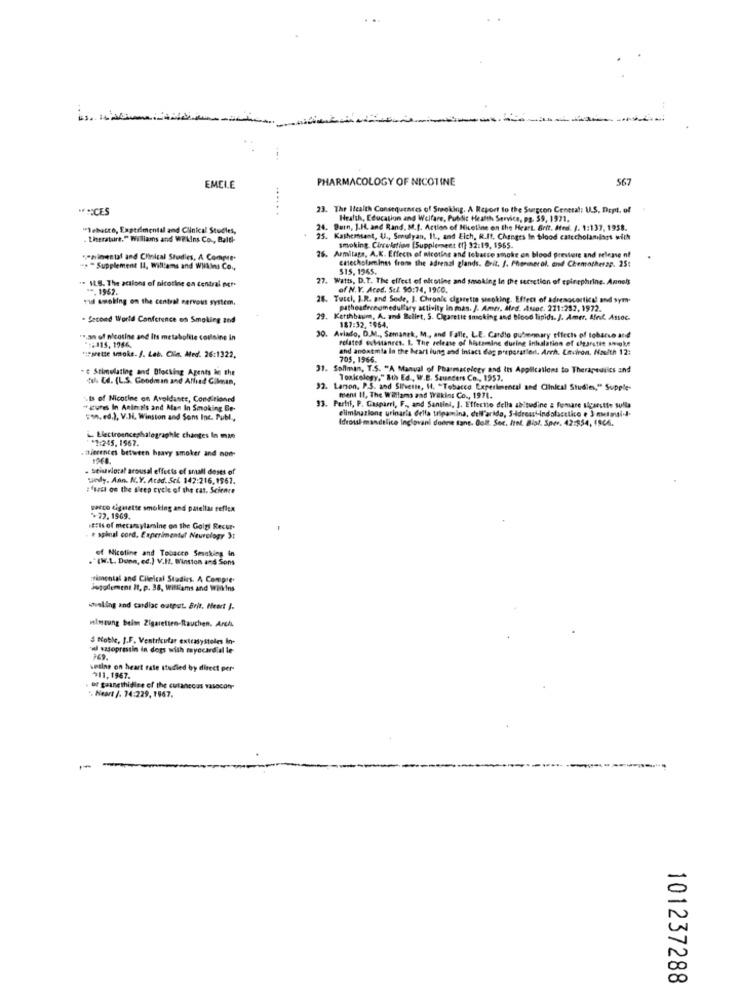
PHARMACOLOGY OF NICOTINE
567
EMELE
....
*** CES
1. The Itealth Consequences of Smoking, A Report to the Surgeon General: U.S. Dept. of
Health, Education and Welfare, Public Health Service, ps. 59, 1971.
"lebutto, Experimental and Clinical Studies,
24. Burn, J.H. and Rand. M.f. Action of Hiceline on the Heart. Grit. Ated. J. 1:137, 1958.
. therature." Williams and Wilkins Co ., Bald-
25. Kashemsant, U ., Smulyan, IL, and Elch. R.It. Changes in blood catecholamilars with
26. Armitage, A.K. Effects of Meotine and tobatte smoke on blood pressure and release of
smoking. Circulation [Supplement (1] 32:19, 1965.
*= nimental and Clinical Studies, A Compe.
enecholaminas from the adrenal glands. Brit. J. Phormerol. and Chematherap. 25:
.. " Supplement II, Williams and WHilns Co .,
$15. 1965.
27. Watts, D.T. The effect of altotine and smoking in the secretion of epinephrine. Anne's
". ILS. The actions of nicotine en central mr.
19.1962.
of N.Y. Aces. Scl. 90:74, 1900.
vid smoking on the central nervous system.
28. Tucel. I.R. and Sode, J. Chronie cigarette smoking. Effect of adrenocortico! and sym-
patheadrenomedullary activity in mas. /. Amer, Aled. soc. 271:282, 1972.
- Second World Conference on Smoking znd
29. Kerthbaum, A. and Bullet, S. Cigarette smoking and Bood lipids. ]. Amer. Alnd. Assoc.
30.
187:32. 1964.
... an of nicotine and Its metabolite couisine in
Aviado, D.M ., Samanek, M ., and Falle, L.E. Cardio pufrennary effects of tobacco and
related substances. 1. The release of histamine during Inhalation of cigarette smoke
.:: 115. 1966.
and ancatmia In the heart lung and Intact dag preparatlen. Arch. Environ. Nawith 12:
upprette smoke. J. Lab. Ciln. Med. 26:1322,
705, 1966.
" Stimulating and Blocking Agents in the
31. Sollman, T.S. "A Manual of Pharmacology and Its Applications to Therapeutics and
the Cd. (L.S. Goodman and Allied Gilman,
Toxicology," Iths Ed ., W.B. Saunders Co ., 1957,
92. Larson. P.S. and Sirvette, H. "Tobacco Experimental and Clinical Studies," Supple-
.Is of Nicotine on Avoidante, Conditioned
ment II, The Walllams and Wekins Co ., 1971.
- stures in Animals and Alan In Smoking Be-
33. Perlff, P. Gasparri, F ., and Santiel, J. Effectto della abitudine a fumare sigarette sulla
eliminazione urinaria della tripamina, dell'arido, S-Idress-indolacctico . 3 netoui.4.
so ed.), V.H. Winston and Sons Inc. Publ,
Idrossi mandelico inglovani donne sans. Golf. Soc. Itel. Biol. Sper. 42:554, 1566.
L. Electroencephalographie changes In mze
*1:245. 1967.
ajerences between heavy smoker and non-
seiuvioral arousal effects of small deses of
welly. Aan. N.Y. Acod. Sci. 142:216. 1567.
:fuze on the sleep cycle of the cat. Science
pacco cigarette smoking and patellar reflex
+22.1969.
EEls of mecarylamine on the Golgi Recur-
. spinal cord. Experimental Neurology 3:
."(W.L. Dunn, ed.) V.It. Winston and Sons
of Nicotine and Tobacco Smoking In
mimental and Clielical Studies. A Compte.
Jogolement It, p. 38, Williams and Wadkins
invaling and cardiac output. Brit, Heart J.
mimoung beimn Zigaretten-Rauchen. Arch
5 Noble, J.F. Ventricular extrasystoles in-
'al szsopressin in dogs with myocardial le-
weilne on heart rate studied by direct per-
311.1967.
of gaanethidies of the cutaneous vasocon
. Heart /. 74:229, 1967.
1
101237288